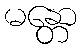
မန္တော